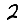
Digit: 2